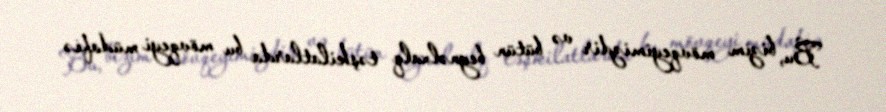
Bu, bizim mövqeyimizdir və bütün beynəlxalq təşkilatlarda bu mövqeyi müdafiə